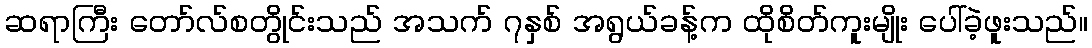
ဆရာကြီး တော်လ်စတွိုင်းသည် အသက် ၇နှစ် အရွယ်ခန့်က ထိုစိတ်ကူးမျိုး ပေါ်ခဲ့ဖူးသည်။